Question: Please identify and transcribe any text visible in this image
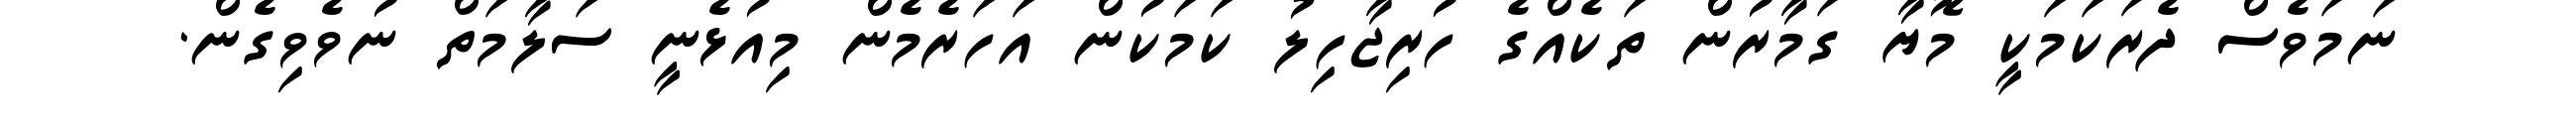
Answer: ނަމަވެސް ދެރަކަމަކީ މޮޔާ ގަމާރުން ތަކެއްގެ ހުރިޖާހިލު ކަމަކުން އަހަރެމެން މިއުޅެނީ ސަލާމަތް ނުވެވިގެން.